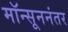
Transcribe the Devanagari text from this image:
मॉन्सूननंतर